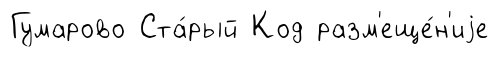
Гумарово Ста́рый Код разм'еще́н'иjе